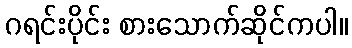
ဂရင်းပိုင်း စားသောက်ဆိုင်ကပါ။